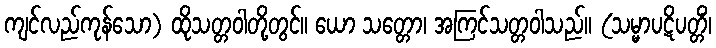
ကျင်လည်ကုန်သော) ထိုသတ္တဝါတို့တွင်။ ယော သတ္တော၊ အကြင်သတ္တဝါသည်။ (သမ္မာပဋိပတ္တိံ၊